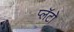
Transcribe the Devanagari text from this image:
प्लॅटो